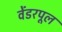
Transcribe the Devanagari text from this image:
वेंडरपूल